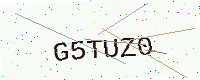
Text: G5TUZ0